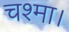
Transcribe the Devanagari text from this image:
चश्मा।